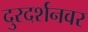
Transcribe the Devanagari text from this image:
दुरदर्शनवर